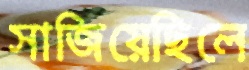
সাজিয়েছিলে